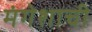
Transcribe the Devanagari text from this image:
मंगेशाची